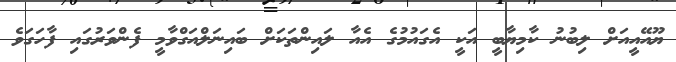
ޔޫއޭއީއަށް ލިބުނު ކާމިޔާބީ އަކީ އެގައުމުގެ އެއާ ލައިންތަކަށް ބައިނަލްއަގްވާމީ ފެންވަރުގައި ފާހަގަވެ